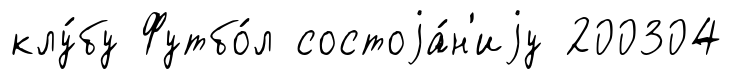
клу́бу Футбо́л состоjа́н'иjу 200304